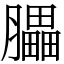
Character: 𦢏